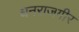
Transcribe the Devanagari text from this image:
धनराजगीर